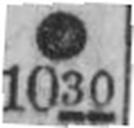
1030